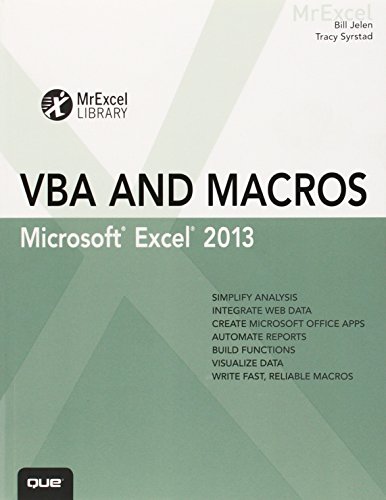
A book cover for Excel 2013 VBA and Macros (MrExcel Library); Bill Jelen; Computers & Technology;